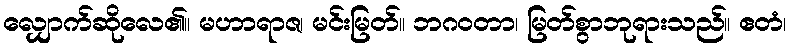
လျှောက်ဆိုလေ၏။ မဟာရာဇ၊ မင်းမြတ်။ ဘဂဝတာ၊ မြတ်စွာဘုရားသည်။ ဧတံ၊